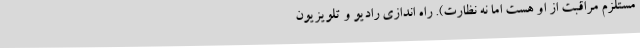
مستلزم مراقبت از او هست اما نه نظارت). راه اندازی رادیو و تلویزیون